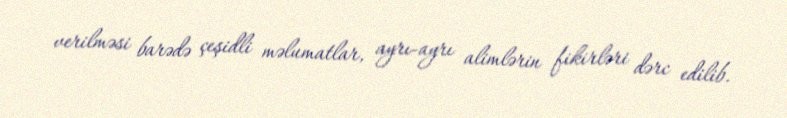
verilməsi barədə çeşidli məlumatlar, ayrı-ayrı alimlərin fikirləri dərc edilib.